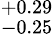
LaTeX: ^{+0.29}_{-0.25}